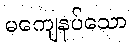
မကျေနပ်သော